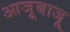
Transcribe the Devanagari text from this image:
आजूबाजू